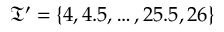
\mathfrak { T } ^ { \prime } = \{ 4 , 4 . 5 , \dots , 2 5 . 5 , 2 6 \}